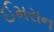
ઈમરાન